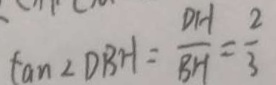
\tan \angle D B H = \frac { D H } { B H } = \frac { 2 } { 3 }